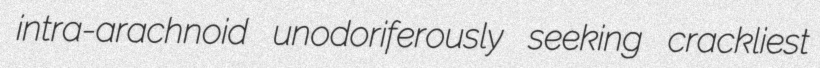
intra-arachnoid unodoriferously seeking crackliest